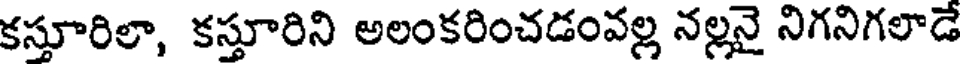
కస్తూరిలా, కస్తూరిని అలంకరించడంవల్ల నల్లనై నిగనిగలాడే